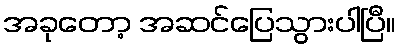
အခုတော့ အဆင်ပြေသွားပါပြီ။